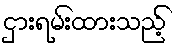
ငှားရမ်းထားသည့်